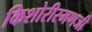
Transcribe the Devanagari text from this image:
किशोरीरमणजी